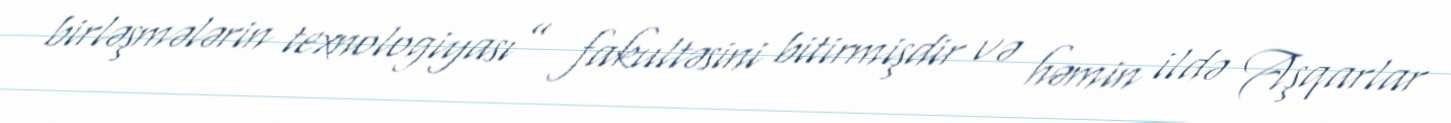
birləşmələrin texnologiyası” fakultəsini bitirmişdir və həmin ildə Aşqarlar